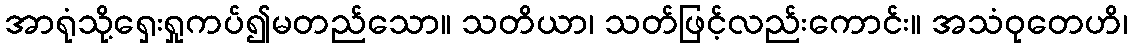
အာရုံသို့ရှေးရှုကပ်၍မတည်သော။ သတိယာ၊ သတ်ဖြင့်လည်းကောင်း။ အသံဝုတေဟိ၊